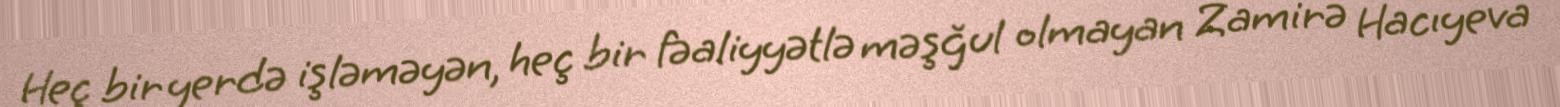
Heç bir yerdə işləməyən, heç bir fəaliyyətlə məşğul olmayan Zamirə Hacıyeva